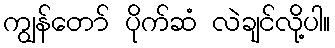
ကျွန်တော် ပိုက်ဆံ လဲချင်လို့ပါ။